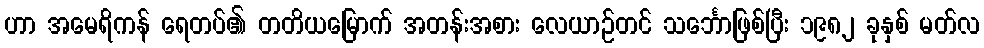
ဟာ အမေရိကန် ရေတပ်၏ တတိယမြောက် အတန်းအစား လေယာဉ်တင် သင်္ဘောဖြစ်ပြီး ၁၉၈၂ ခုနှစ် မတ်လ